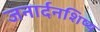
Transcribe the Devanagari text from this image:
जनार्दनशिष्य